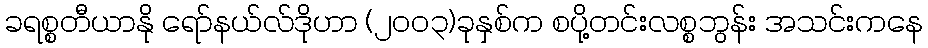
ခရစ္စတီယာနို ရော်နယ်လ်ဒိုဟာ (၂၀၀၃)ခုနှစ်က စပို့တင်းလစ္စဘွန်း အသင်းကနေ